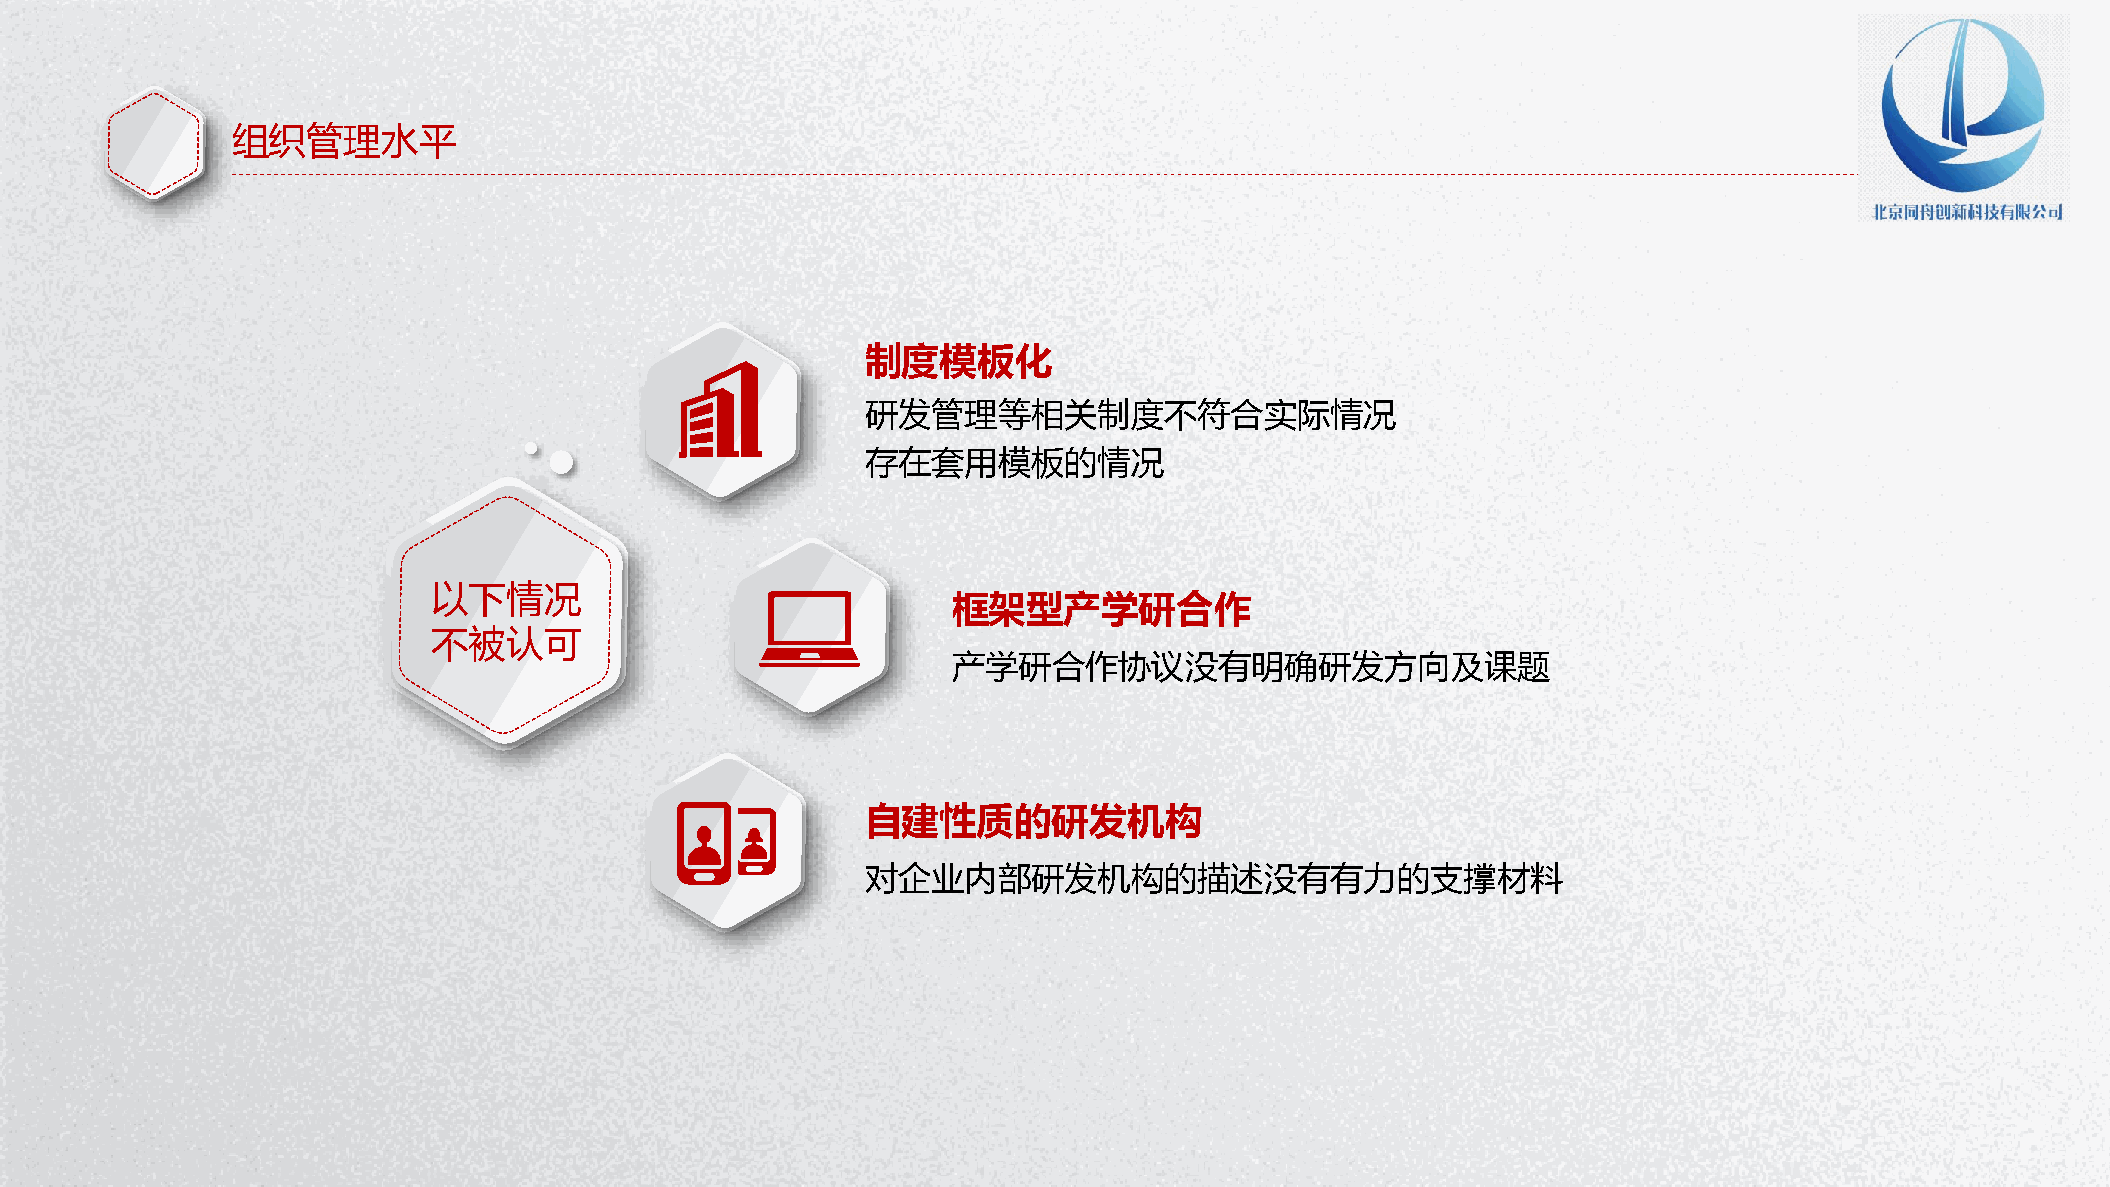
组织管理水平
 制度模板化
 研发管理等相关制度不符合实际情况
 存在套用模板的情况
 以下情况
 框架型产学研合作
 不被认可
 产学研合作协议没有明确研发方向及课题
 自建性质的研发机构
 对企业内部研发机构的描述没有有力的支撑材料
 P节P优W资范教字PPo日秀料文案体TTr模背d下下下下PP教板景PP载载载载TT程下模图下：：：：：载板片载wwww：：：： wwwwwwwwwwwwww....wwwww1111.ppppwwww1pppp....ptttt1111p....ppppcccctoooopppp.cmmmmtttto....ccccm////oooozfjziammmmi i/ al tnwioia//// /waomjbxoii ne ere /ao dr n/izjb i /ia //n a i /gn / / 行 PP P PEPP 试P业 PxTTT cT图教 卷e素P 课lP 教下表程材T 件模 程下： 载下 下板 ：载 ：载w载： w： ww： ：www www wwww .ww1.w.w p1w 1wppw. p.1.tpp1 .1.p t1p tcp .p o .ppcp ct mopot.t.mtc. m/c .ocopco /m /omoem smxw h/// ch it /e ts eau kiurl/nb e/pc g jiaoa iy ai io/ ne n// t/ /